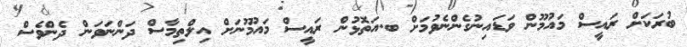
ބުރަކަށް ރައީސް މައުމޫން ވަޑައިނުގެންނެވުމަށް ބ.އަތޮޅުން ރައީސް މައުމޫނަށް އިލްތިމާސް ދަންނަވަން ދެންވެސް